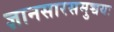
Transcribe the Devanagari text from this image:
ज्ञानसारसमुच्चयः